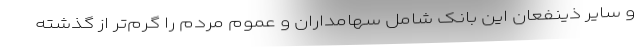
و سایر ذینفعان این بانک شامل سهامداران و عموم مردم را گرم‌تر از گذشته